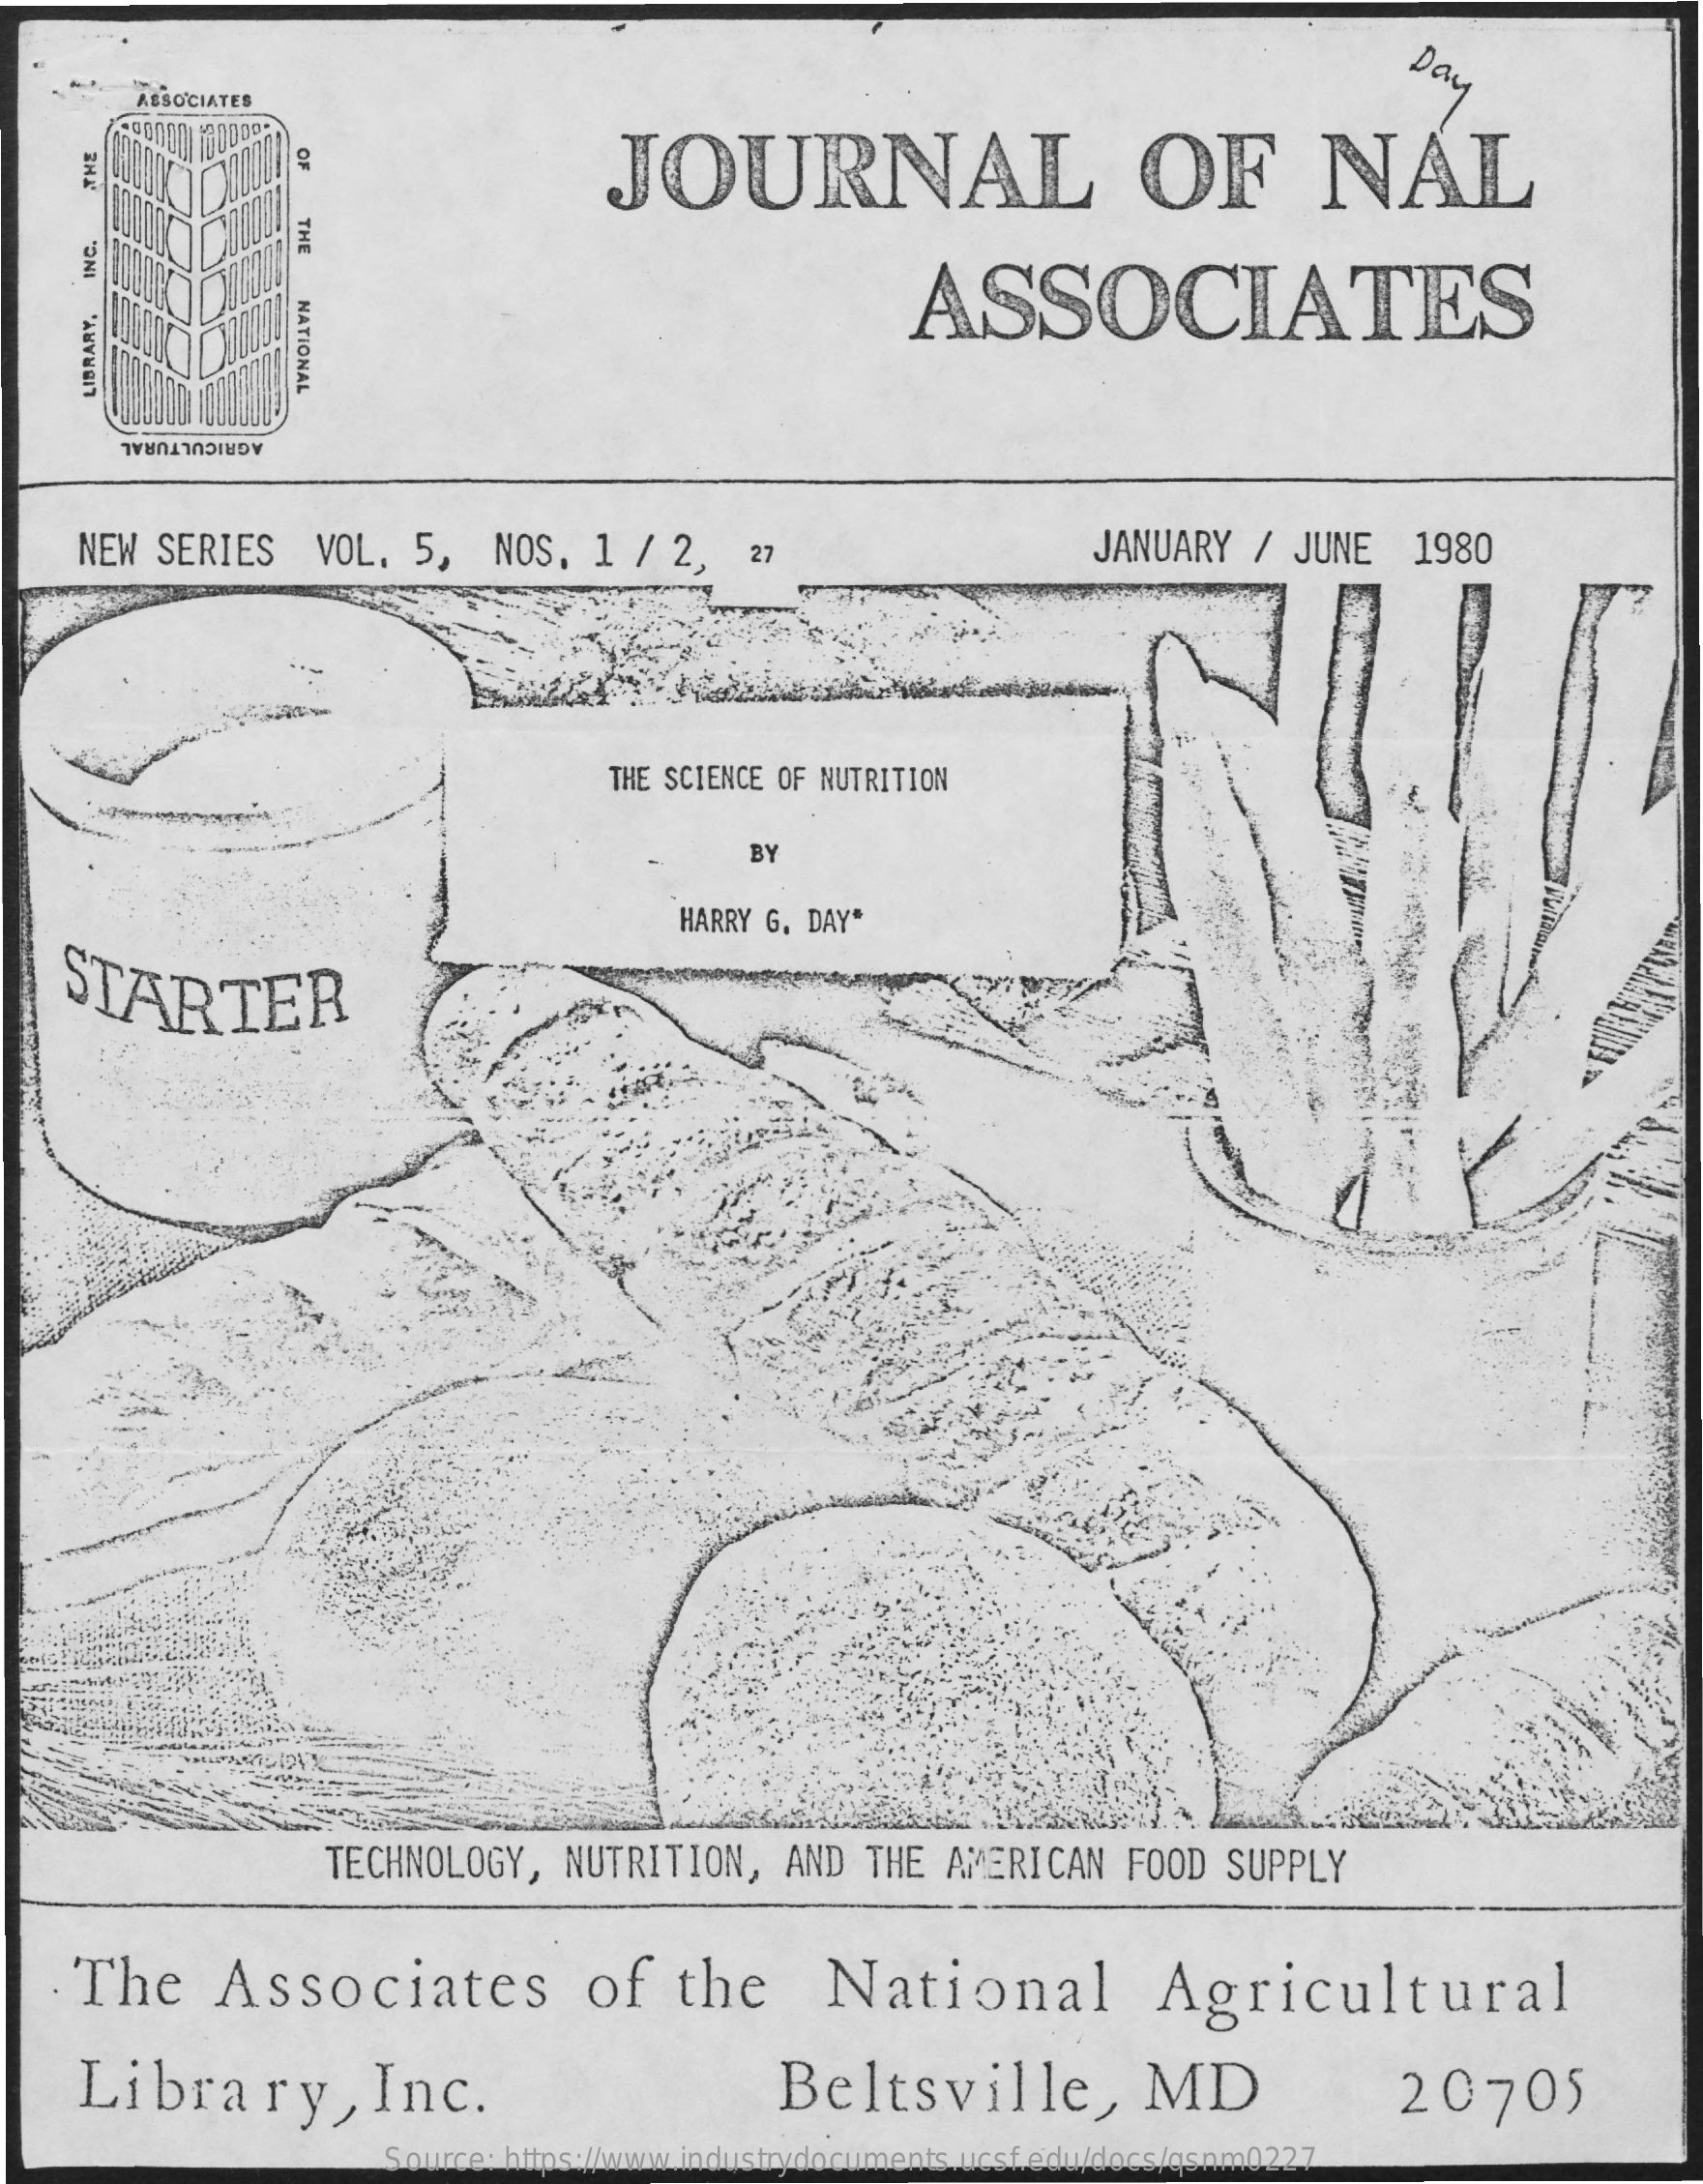
Day
     ASSOCIATES
     JOURNAL    OF    NAL
     OF
     THE
     ASSOCIATES
     INC.
     NATIONAL LIBRARY.
     AGRICULTURAL
     NEW  SERIES    VOL.  5,   NOS.  1  /  2,   27    JANUARY  /  JUNE   1980
     THE SCIENCE OF NUTRITION
     BY
     HARRY G. DAY"
    STARTER
     TECHNOLOGY,    NUTRITION,   AND   THE  AMERICAN   FOOD   SUPPLY
     The    Associates    of    the    National    Agricultural
     Library,    Inc.    Beltsville,    MD    20705
     Source: https://www.industrydocuments.ucsf.edu/docs/qsnm0227